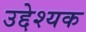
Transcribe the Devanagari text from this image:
उद्देश्यक